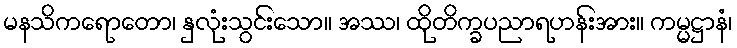
မနသိကရောတော၊ နှလုံးသွင်းသော။ အဿ၊ ထိုတိက္ခပညာရဟန်းအား။ ကမ္မဋ္ဌာနံ၊